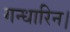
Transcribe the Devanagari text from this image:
गन्धारिन।